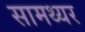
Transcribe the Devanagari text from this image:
सामथ्यर